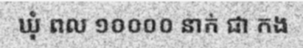
ឃុំ ពល ១០០០០ នាក់ ជា កង